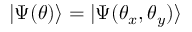
| \Psi ( \theta ) \rangle = | \Psi ( \theta _ { x } , \theta _ { y } ) \rangle